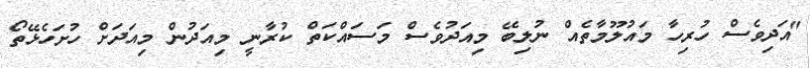
"އަދިވެސް ހުރިހާ މައުލޫމާތެއް ނުލިބޭ މިއަދުވެސް މަސައްކަތް ކުރާނީ މިއަދުން މިއަދަށް ހުށަހެޅޭތޯ